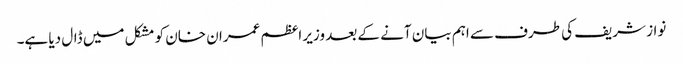
نواز شریف کی طرف سے اہم بیان آنے کے بعد وزیر اعظم عمران خان کو مشکل میں ڈال دیا ہے۔